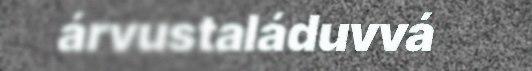
árvustaláduvvá